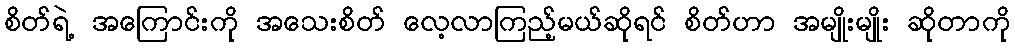
စိတ်ရဲ့ အကြောင်းကို အသေးစိတ် လေ့လာကြည့်မယ်ဆိုရင် စိတ်ဟာ အမျိုးမျိုး ဆိုတာကို